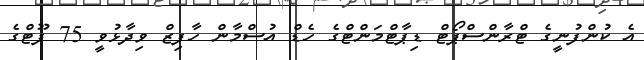
އެ ކުންފުނީގެ ޓްރާންސްޕޯޓް ޑިޕާޓްމަންޓްގެ ހެޑް އުސްމާން ހާފިޒް ވިދާޅުވީ 75 ފޫޓްގެ